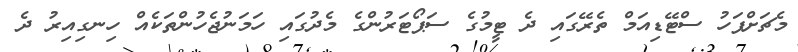
މެޗަށްފަހު ސްޓޭޑިއަމް ތެރޭގައި ދެ ޓީމުގެ ސަޕޯޓަރުންގެ މެދުގައި ހަމަނުޖެހުންތަކެއް ހިނގިއިރު ދެ